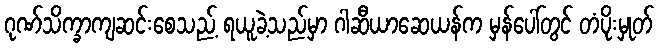
ဂုဏ်သိက္ခာကျဆင်းစေသည့် ရယူခဲ့သည်မှာ ဂါဆီယာဆေယန်က မှန်ပေါ်တွင် တံပိုးမှုတ်